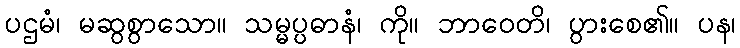
ပဌမံ၊ မဆွစွာသော။ သမ္မပ္ပဓာနံ၊ ကို။ ဘာဝေတိ၊ ပွားစေ၏။ ပန၊